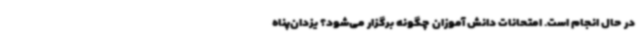
در حال انجام است. امتحانات دانش آموزان چگونه برگزار می‌شود؟ یزدان‌پناه